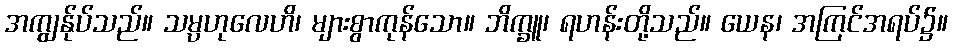
အကျွန်ုပ်သည်။ သမ္ပဟုလေဟိ၊ များစွာကုန်သော။ ဘိက္ခူ၊ ရဟန်းတို့သည်။ ယေန၊ အကြင်အရပ်၌။